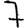
Digit: 7